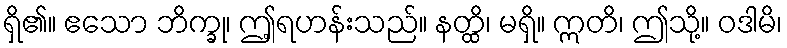
ရှိ၏။ ဧသော ဘိက္ခု၊ ဤ့ရဟန်းသည်။ နတ္ထိ၊ မရှိ။ ဣတိ၊ ဤသို့။ ဝဒါမိ၊